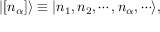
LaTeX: | [ n _ { \alpha } ] \rangle \equiv | n _ { 1 } , n _ { 2 } , \cdots , n _ { \alpha } , \cdots \rangle ,